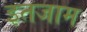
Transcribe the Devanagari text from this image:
इतजाम